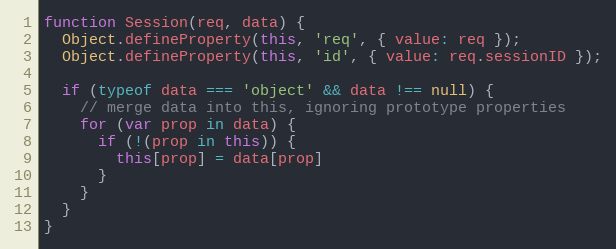
Language: JavaScript
function Session(req, data) {
  Object.defineProperty(this, 'req', { value: req });
  Object.defineProperty(this, 'id', { value: req.sessionID });

  if (typeof data === 'object' && data !== null) {
    // merge data into this, ignoring prototype properties
    for (var prop in data) {
      if (!(prop in this)) {
        this[prop] = data[prop]
      }
    }
  }
}